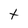
Character: t